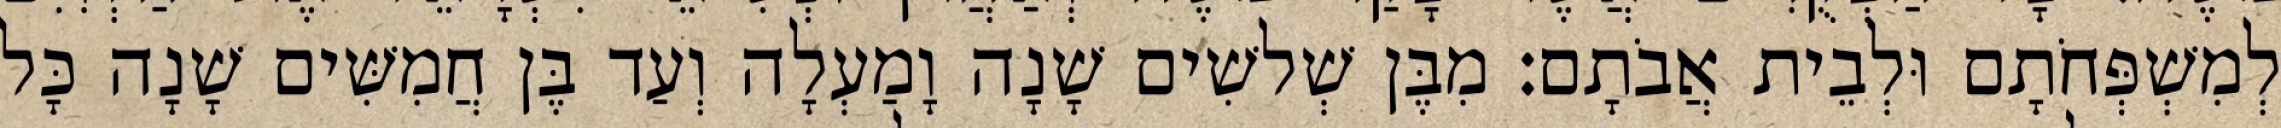
לְמִשְׁפְּחֹתָם וּלְבֵית אֲבֹתָם׃ מִבֶּן שְׁלשִׁים שָׁנָה וָמַעְלָה וְעַד בֶּן חֲמִשִּׁים שָׁנָה כָּל